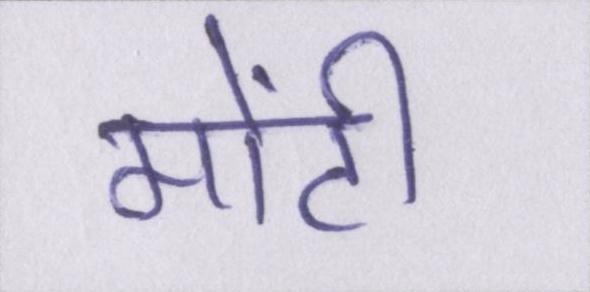
मोंटी